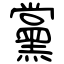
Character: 黨